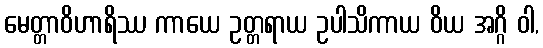
မေတ္တာဝိဟာရိဿ ကာယေ ဥတ္တရာယ ဥပါသိကာယ ဝိယ အဂ္ဂိ ဝါ,